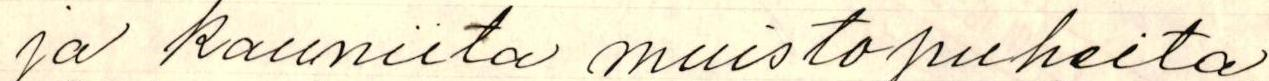
ja kauniita muistopuheita